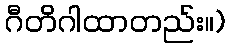
ဂီတိဂါထာတည်း။)